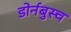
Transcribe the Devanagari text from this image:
डोर्नबुस्च